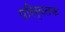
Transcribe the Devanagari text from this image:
परिर्वतक